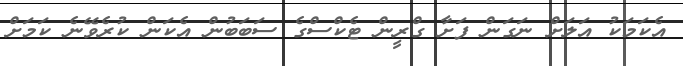
އެކަމަކު އަލަށް ނަގަން ފަށާ ގްރީން ޓެކްސްގެ ސަބަބުން އެކަން ކުރެވޭނެ ކަމަށް